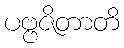
ပဗ္ဗဇိတာတိ